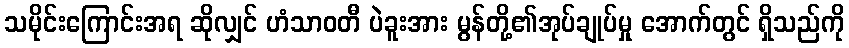
သမိုင်းကြောင်းအရ ဆိုလျှင် ဟံသာဝတီ ပဲခူးအား မွန်တို့၏အုပ်ချုပ်မှု အောက်တွင် ရှိသည်ကို